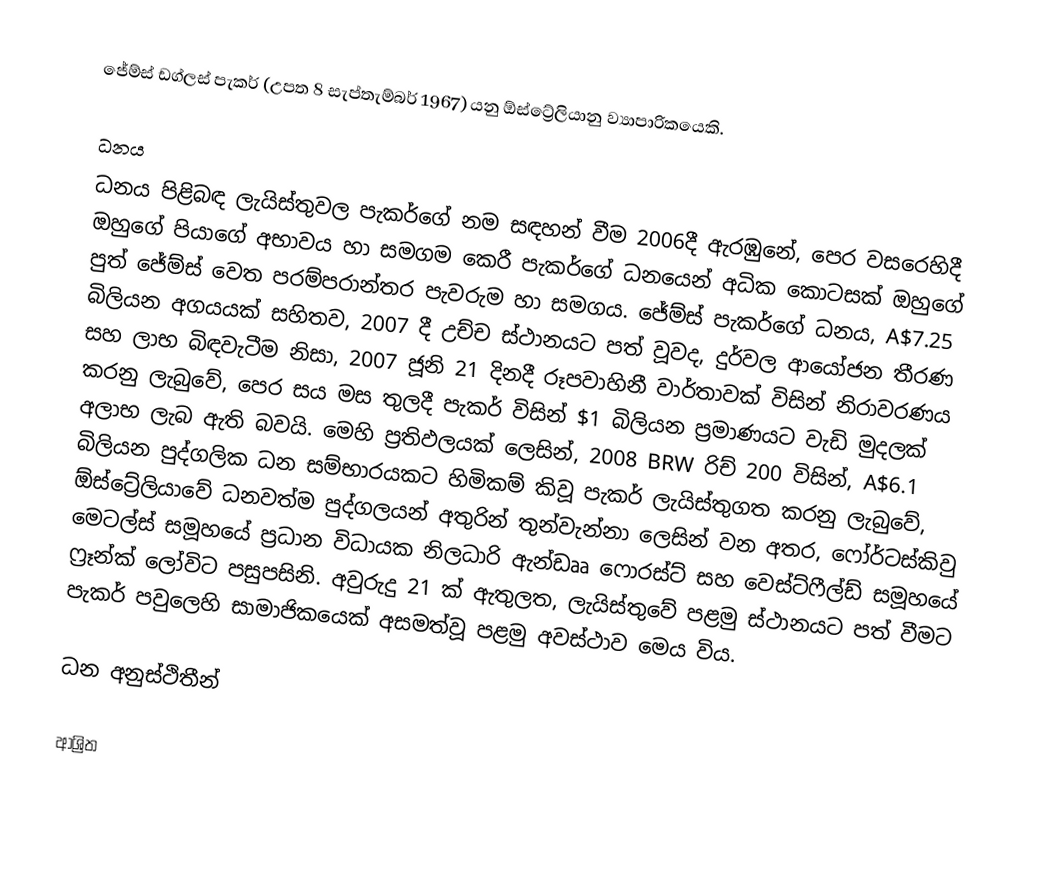
ජේම්ස් ඩග්ලස් පැකර් (උපත 8 සැප්තැම්බර් 1967) යනු ඕස්ට්‍රේලියානු ව්‍යාපාරිකයෙකි.

ධනය
ධනය පිළිබඳ ලැයිස්තුවල  පැකර්ගේ නම සඳහන් වීම 2006දී ඇරඹුනේ, පෙර වසරෙහිදී ඔහුගේ පියාගේ අභාවය හා සමගම කෙරී පැකර්ගේ ධනයෙන් අධික කොටසක් ඔහුගේ පුත් ජේම්ස් වෙත පරම්පරාන්තර පැවරුම හා සමගය.  ජේම්ස් පැකර්ගේ ධනය, A$7.25 බිලියන අගයයක් සහිතව,  2007 දී  උච්ච ස්ථානයට පත් වූවද,  දුර්වල ආයෝජන තීරණ සහ ලාභ බිඳවැටීම නිසා, 2007 ජූනි 21 දිනදී රූපවාහිනී වාර්තාවක්  විසින් නිරාවරණය කරනු ලැබුවේ, පෙර සය මස තුලදී පැකර් විසින්  $1 බිලියන ප්‍රමාණයට වැඩි මුදලක් අලාභ ලැබ ඇති බවයි. මෙහි ප්‍රතිඵලයක් ලෙසින්, 2008 BRW රිච් 200 විසින්,  A$6.1 බිලියන පුද්ගලික ධන සම්භාරයකට හිමිකම් කිවූ පැකර් ලැයිස්තුගත කරනු ලැබුවේ, ඕස්ට්‍රේලියාවේ ධනවත්ම පුද්ගලයන් අතුරින් තුන්වැන්නා ලෙසින් වන අතර,    ෆෝර්ටස්කිවු මෙටල්ස් සමූහයේ ප්‍රධාන විධායක නිලධාරි ඇන්ඩෲ ෆොරස්ට් සහ  වෙස්ට්ෆීල්ඩ් සමූහයේ  ෆ්‍රෑන්ක් ලෝවිට පසුපසිනි. අවුරුදු 21 ක් ඇතුලත, ලැයිස්තුවේ පළමු ස්ථානයට පත් වීමට පැකර් පවුලෙහි සාමාජිකයෙක් අසමත්වූ පළමු අවස්ථාව මෙය විය.

ධන අනුස්ථිතීන්

ආශ්‍රිත